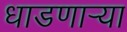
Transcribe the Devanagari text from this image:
धाडणार्‍या